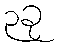
၃ခု